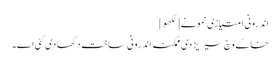
اندرونی امتیازی نمونے [لکھو]
خاکے وچ سیریز دی ممکنہ اندرونی ساخت دکھادی گئی ا‏‏ے۔